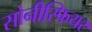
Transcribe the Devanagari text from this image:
सोनीस्फियर